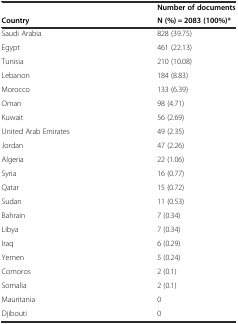
<table><thead><tr><td rowspan="2"><b>Country</b></td><td><b>Number of documents</b></td></tr><tr><td><b>N (%) = 2083 (100%)*</b></td></tr></thead><tbody><tr><td>Saudi Arabia</td><td>828 (39.75)</td></tr><tr><td>Egypt</td><td>461 (22.13)</td></tr><tr><td>Tunisia</td><td>210 (10.08)</td></tr><tr><td>Lebanon</td><td>184 (8.83)</td></tr><tr><td>Morocco</td><td>133 (6.39)</td></tr><tr><td>Oman</td><td>98 (4.71)</td></tr><tr><td>Kuwait</td><td>56 (2.69)</td></tr><tr><td>United Arab Emirates</td><td>49 (2.35)</td></tr><tr><td>Jordan</td><td>47 (2.26)</td></tr><tr><td>Algeria</td><td>22 (1.06)</td></tr><tr><td>Syria</td><td>16 (0.77)</td></tr><tr><td>Qatar</td><td>15 (0.72)</td></tr><tr><td>Sudan</td><td>11 (0.53)</td></tr><tr><td>Bahrain</td><td>7 (0.34)</td></tr><tr><td>Libya</td><td>7 (0.34)</td></tr><tr><td>Iraq</td><td>6 (0.29)</td></tr><tr><td>Yemen</td><td>5 (0.24)</td></tr><tr><td>Comoros</td><td>2 (0.1)</td></tr><tr><td>Somalia</td><td>2 (0.1)</td></tr><tr><td>Mauritania</td><td>0</td></tr><tr><td>Djibouti</td><td>0</td></tr></tbody></table>